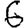
Digit: 6